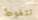
تتغوط